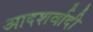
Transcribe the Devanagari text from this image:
आदशर्वादी